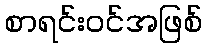
စာရင်းဝင်အဖြစ်